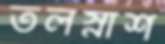
তলস্নাশ